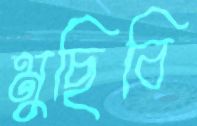
মুছিবি